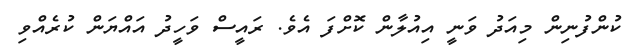
ކުންފުނިން މިއަދު ވަނީ އިއުލާން ކޮށްފަ އެެވެ. ރައީސް ވަހީދު އައްޔަން ކުރެއްވި